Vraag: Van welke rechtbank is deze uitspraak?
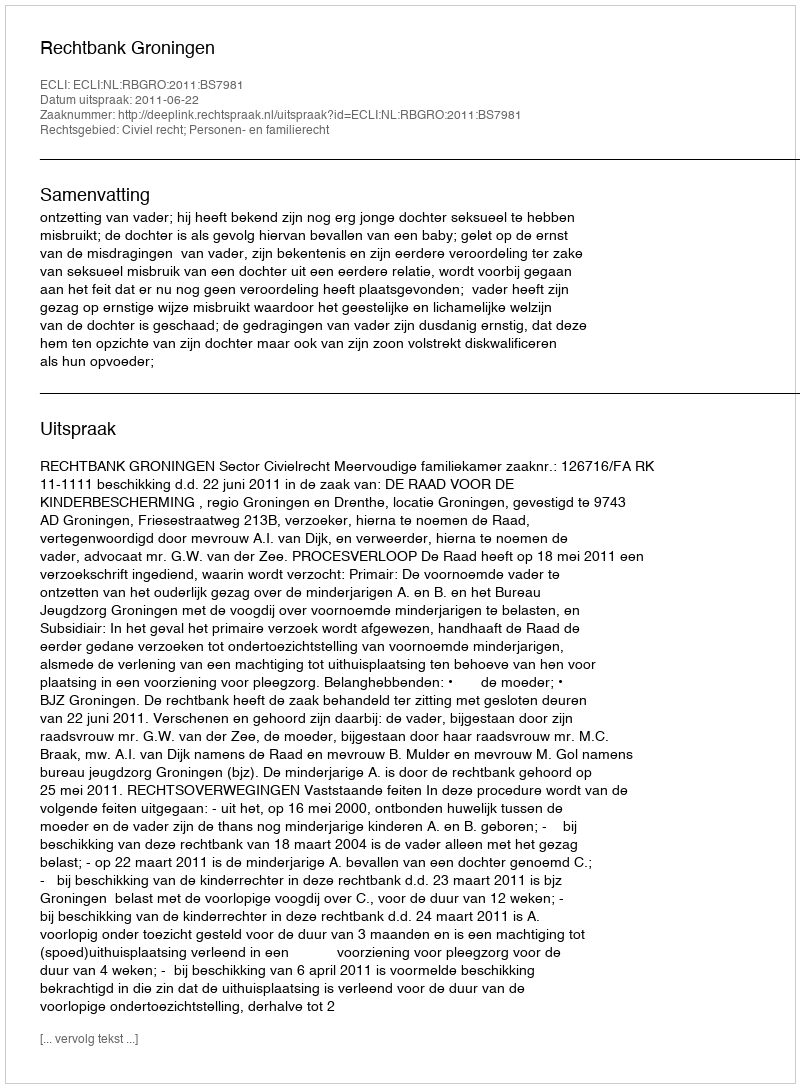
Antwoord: Rechtbank Groningen